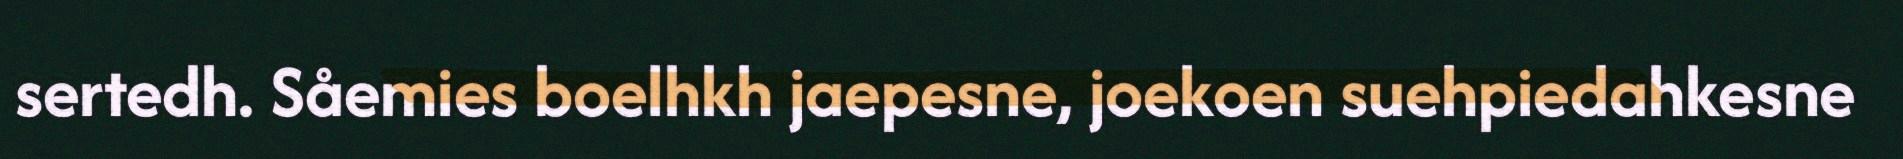
sertedh. Såemies boelhkh jaepesne, joekoen suehpiedahkesne